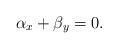
LaTeX: \begin{align*} \alpha_x + \beta_y =0.\end{align*}